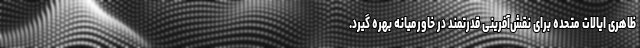
ظاهری ایالات متحده برای نقش‌آفرینی قدرتمند در خاورمیانه بهره گیرد.